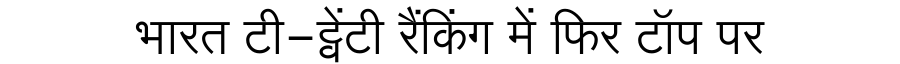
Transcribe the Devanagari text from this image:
भारत टी-ट्वेंटी रैंकिंग में फिर टॉप पर